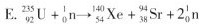
E. $$_ { 9 2} ^ { 2 5 5 } U + _ { 0 } ^ { 1 } n \rightarrow _ { 5 4 } ^ { 1 4 0 } X e + _ { 3 8 } ^ { 9 4 } S r + 2 _ { 0 } ^ { 1 } n$$